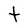
Character: t